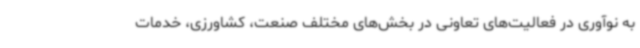
به نوآوری در فعالیت‌های تعاونی در بخش‌های مختلف صنعت، کشاورزی، خدمات